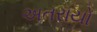
અતરાયો